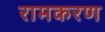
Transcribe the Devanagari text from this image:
रामकरण